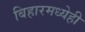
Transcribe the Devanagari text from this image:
बिहारमध्येही